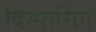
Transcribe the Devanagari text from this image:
दिस्पोसिंग